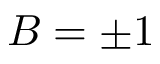
B = \pm 1